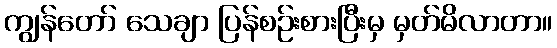
ကျွန်တော် သေချာ ပြန်စဉ်းစားပြီးမှ မှတ်မိလာတာ။